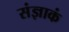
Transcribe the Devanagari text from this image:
संज्ञाकं